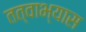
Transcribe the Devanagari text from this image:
तत्वाभ्यास